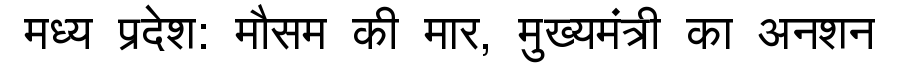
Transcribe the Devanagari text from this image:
मध्य प्रदेश: मौसम की मार, मुख्यमंत्री का अनशन